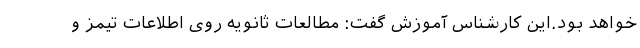
خواهد بود.این کارشناس آموزش گفت: مطالعات ثانویه روی اطلاعات تیمز و